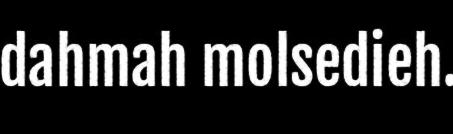
dahmah molsedieh.